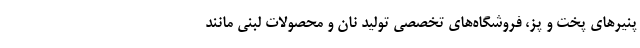
پنیرهای پخت و پز، فروشگاه‌های تخصصی تولید نان و محصولات لبنی مانند